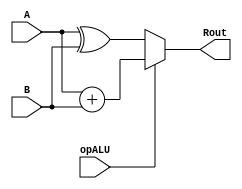
// ECE 310 Project 1
// Sam Eddy
module alu(
 A,
 B,
 opALU,
 Rout
);

input [15:0] A;
input [15:0] B;
input opALU;
output reg [15:0] Rout;

always @(*)
begin
	if (opALU) Rout <= A + B;
	else Rout <= A^B;
end
endmodule